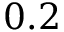
0 . 2